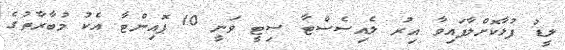
ލީޑު ފުޅާކޮށްލާފައިވާ އިރު ލެއިސެސްޓާ ސިޓީ ވަނީ 10 ޕޮއިންޓާ އެކު މުބާރާތުގެ